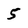
Character: 5